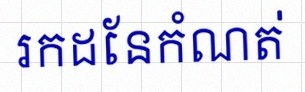
រកដែនកំណត់